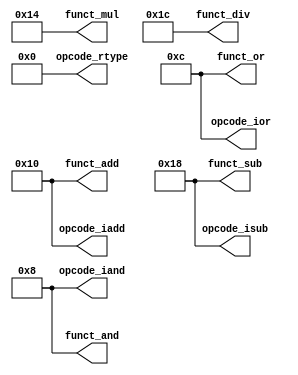
module constants(
    // R-type codes
    output wire [4:0] opcode_rtype,
    // # arithmetic
    output wire [4:0] funct_add,
    output wire [4:0] funct_sub,
    output wire [4:0] funct_mul,
    output wire [4:0] funct_div,
    // # logical
    output wire [4:0] funct_and,
    output wire [4:0] funct_or,

    // I-type codes
    // # arithmetic
    output wire [4:0] opcode_iadd,
    output wire [4:0] opcode_isub,
    // # logical
    output wire [4:0] opcode_iand,
    output wire [4:0] opcode_ior,

    // J-type codes
);

// R-type instructions (register)
assign opcode_rtype = 5'b00000;

// functions
assign funct_add = 5'b10000;
assign funct_sub = 5'b11000;
assign funct_mul = 5'b10100;
assign funct_div = 5'b11100;
assign funct_and = 5'b01000;
assign funct_or  = 5'b01100;

// I-type instructions (immediate)
assign opcode_iadd = 5'b10000;
assign opcode_isub = 5'b11000;
assign opcode_iand = 5'b01000;
assign opcode_ior  = 5'b01100;

endmodule